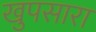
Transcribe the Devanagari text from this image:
खुपसारा